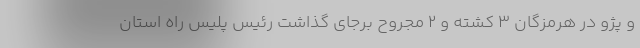
و پژو در هرمزگان ۳ کشته و ۲ مجروح برجای گذاشت رئیس پلیس راه استان